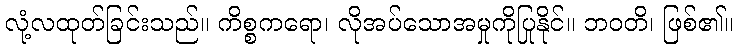
လုံ့လထုတ်ခြင်းသည်။ ကိစ္စကရော၊ လိုအပ်သောအမှုကိုပြုနိုင်။ ဘဝတိ၊ ဖြစ်၏။